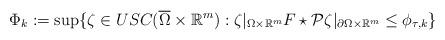
LaTeX: \begin{align*}\Phi_k:= \sup \{ \zeta \in USC(\overline{\Omega} \times \mathbb R^m): \zeta|_{\Omega\times \mathbb R^m} F\star\mathcal P\zeta|_{\partial \Omega\times \mathbb R^m} \le \phi_{\tau,k} \}\end{align*}